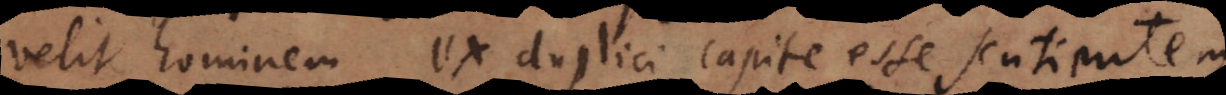
velit hominem ex duplici capite esse sentientem,